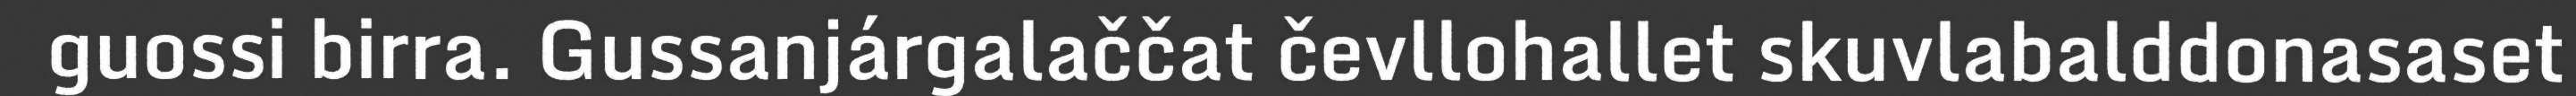
guossi birra. Gussanjárgalaččat čevllohallet skuvlabalddonasaset